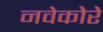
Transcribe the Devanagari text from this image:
नवेकोरे